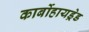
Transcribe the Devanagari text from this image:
कार्बोहायड्रेड